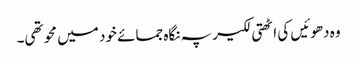
وہ دھوئیں کی اٹھتی لکیر پہ نگاہ جمائے خود میں محو تھی۔